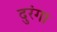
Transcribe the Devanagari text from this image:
दुरंगा